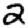
Digit: 2